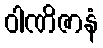
ဝါဏိဇာနံ